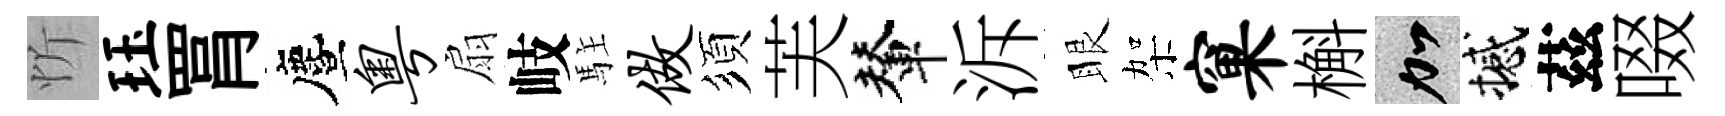
忻珏罥󵨌粤扇岐駐做須芙輦泝眼架窠槲加撼茲啜